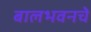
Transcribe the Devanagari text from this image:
बालभवनचे